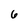
Character: 6